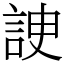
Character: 䛕